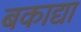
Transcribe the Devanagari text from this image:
बकाद्या